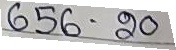
656 - 20